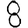
Digit: 8